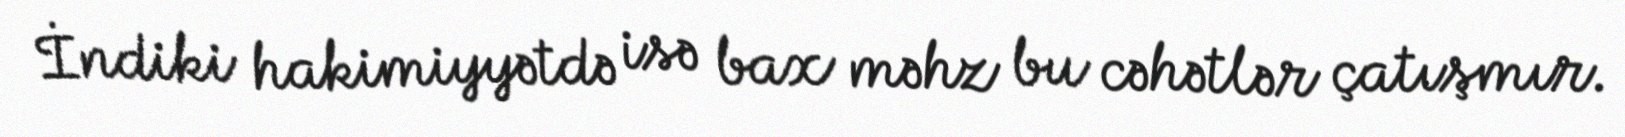
İndiki hakimiyyətdə isə bax məhz bu cəhətlər çatışmır.